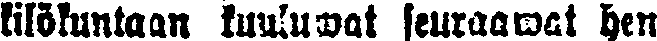
kilökuntaan kuuluwat seuraawat hen